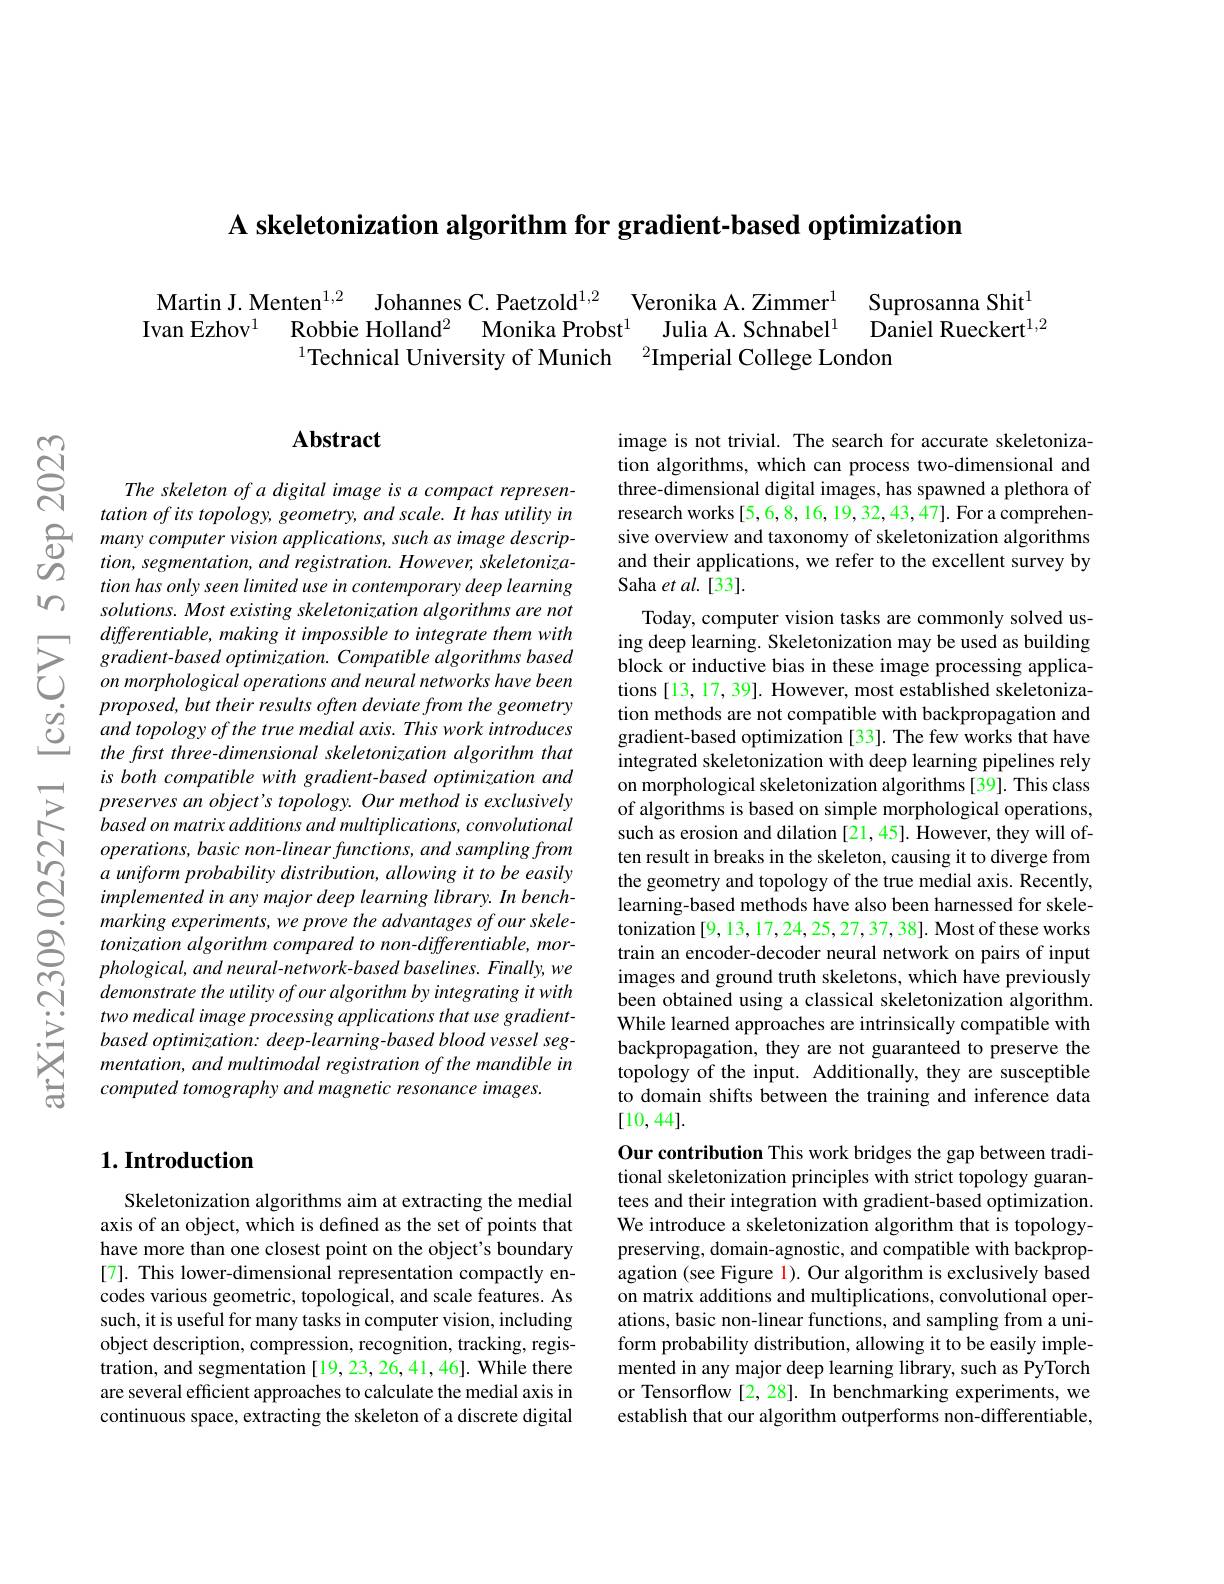
A skeletonization algorithm for gradient-based optimization

$n$

$ଟ୍ରି$

Martin J. Menten$^{1,2}$ Johannes C. Paetzold$^{1,2}$ Veronika A.Zimmer$^{1}$ Suprosanna Shit$^{1}$ Ivan Ezhov$^{1}$ Robbie Holland$^{2}$ Monika Probst$^{1}$ Julia A.Schnabel$^{1}$ Daniel Rueckert$^{1,2}$
$^{1}$Technical University of Munich $^{2}$Imperial College London

## Abstract

The skeleton of a digital image is a compact representation of its topology, geometry, and scale. It has utility in
$\begin{array}{ccc}{\textcircled{0}}&{\text{many computer vision applications, such as image descrip-}}\\{\textcircled{0}}&{\text{tion, segmentation, and registration. However, skeletoniza-}}\\{\textcircled{0}}&{\text{tion, segmentation, and registration. However, skeletoniza-}}\\\end{array}$
tion has only seen limited use in contemporary deep learning solutions. Most existing skeletonization algorithms are not differentiable, making it impossible to integrate them with
$\sum_{\begin{array}{cc}&gradient-based&optimization.&Compatible&algorithms&based\\&on&morphological&operations&and&neural&networks&have&been\end{array}}$
proposed, but their results often deviate from the geometry and topology of the true medial axis. This work introduces the frst three-dimensional skeletonization algorithm that is both compatible with gradient-based optimization and preserves an object's topology. Our method is exclusively based on matrix additions and multiplications, convolutional $operations,basicnon-linearfunctions,andsamplingfrom$ a uniform probability distribution, allowing it to be easily implemented in any major deep learning library. In benchmarking experiments, we prove the advantages of our skeletonization algorithm compared to non-differentiable, mor- $phological,and$ neural-network-based baselines. Finally, we demonstrate the utility of our algorithm by integrating it with two medical image processing applications that use gradientbased optimization: deep-learning-based blood vessel segmentation, and multimodal registration of the mandible in computed tomography and magnetic resonance images.

image is not trivial. The search for accurate skeletonization algorithms, which can process two-dimensional and three-dimensional digital images, has spawned a plethora of research works [5,6,8,16,19,32,43,47]. For a comprehensive overview and taxonomy of skeletonization algorithms and their applications, we refer to the excellent survey by Saha et al.[33].
Today, computer vision tasks are commonly solved using deep learning. Skeletonization may be used as building block or inductive bias in these image processing applications [13, 17, 39]. However, most established skeletonization methods are not compatible with backpropagation and gradient-based optimization [33]. The few works that have integrated skeletonization with deep learning pipelines rely on morphological skeletonization algorithms [39]. This class of algorithms is based on simple morphological operations, such as erosion and dilation [21, 45]. However, they will often result in breaks in the skeleton, causing it to diverge from the geometry and topology of the true medial axis. Recently, learning-based methods have also been harnessed for skeletonization [9,13,17,24,25,27,37,38]. Most of these works train an encoder-decoder neural network on pairs of input images and ground truth skeletons, which have previously been obtained using a classical skeletonization algorithm. While learned approaches are intrinsically compatible with backpropagation, they are not guaranteed to preserve the topology of the input. Additionally, they are susceptible to domain shifts between the training and inference data [10,44].
Our contribution This work bridges the gap between traditional skeletonization principles with strict topology guarantees and their integration with gradient-based optimization. We introduce a skeletonization algorithm that is topologypreserving, domain-agnostic, and compatible with backpropagation (see Figure 1). Our algorithm is exclusively based on matrix additions and multiplications, convolutional operations, basic non-linear functions, and sampling from a uniform probability distribution, allowing it to be easily implemented in any major deep learning library, such as PyTorch or Tensorflow [2,28]. In benchmarking experiments, we establish that our algorithm outperforms non-differentiable,

## $1. \textbf{Introduction}$

Skeletonization algorithms aim at extracting the medial axis of an object, which is defined as the set of points that have more than one closest point on the object's boundary [7]. This lower-dimensional representation compactly encodes various geometric, topological, and scale features. As such, it is useful for many tasks in computer vision, including object description, compression, recognition, tracking, registration, and segmentation[19, 23, 26, 41, 46]. While there are several efficient approaches to calculate the medial axis in continuous space, extracting the skeleton of a discrete digital